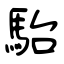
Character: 駘